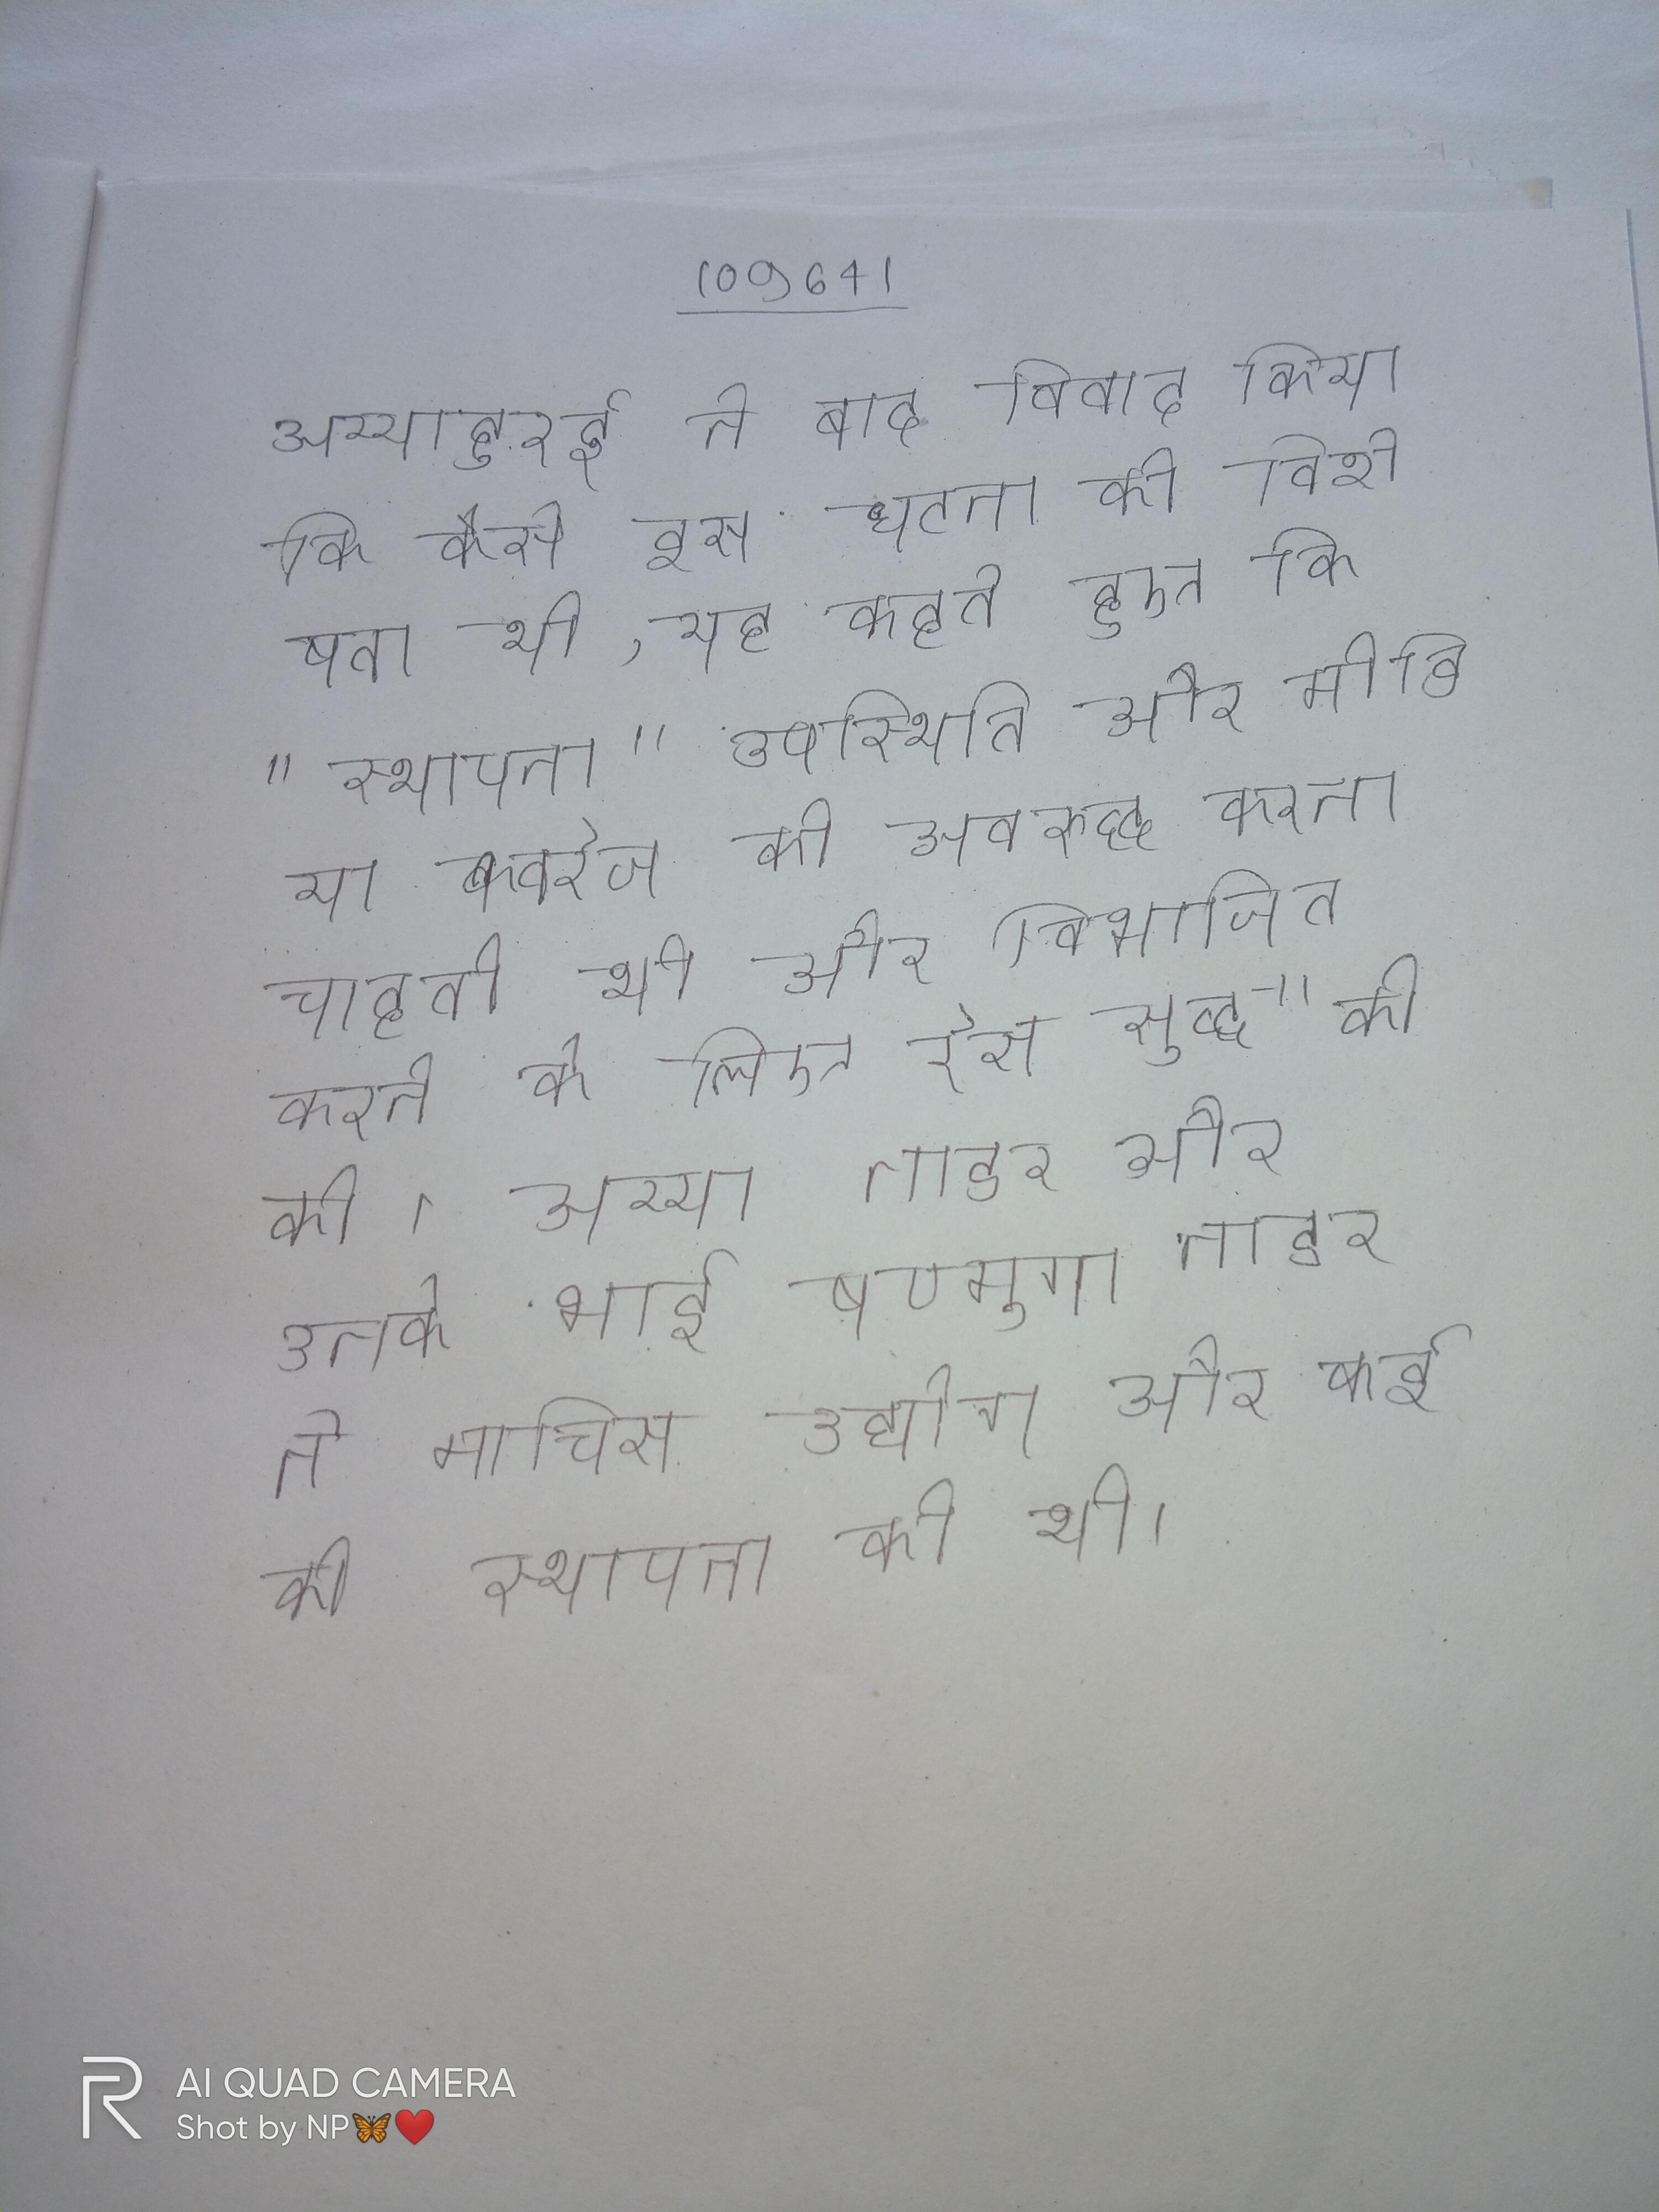
अय्यादुरई ने बाद विवाद किया कि कैसे इस घटना की विशेषता थी, यह कहते हुए कि "स्थापना" उपस्थिति और मीडिया कवरेज को अवरुद्ध करना चाहती थी और विभाजित करने के लिए रेस युद्ध" की की । अय्या नाडर और उनके भाई षण्मुगा नाडर ने माचिस उद्योग और कई की स्थापना की थी ।